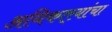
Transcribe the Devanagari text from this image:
अधिकार्‍यांचा